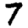
Digit: 7